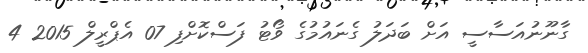
ގާނޫނުއަސާސީ އަށް ބަދަލު ގެނައުމުގެ ވޯޓު ފަސްކޮށްފި 07 އެޕްރީލް 2015 4